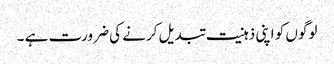
لوگوں کو اپنی ذہنیت تبدیل کرنے کی ضرورت ہے ۔